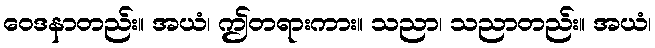
ဝေဒနာတည်း။ အယံ၊ ဤတရားကား။ သညာ၊ သညာတည်း။ အယံ၊